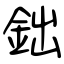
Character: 鈯